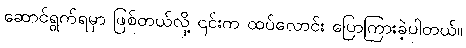
ဆောင်ရွက်ရမှာ ဖြစ်တယ်လို့ ၎င်းက ထပ်လောင်း ပြောကြားခဲ့ပါတယ်။